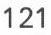
121